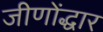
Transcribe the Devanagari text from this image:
जीणोंद्धार